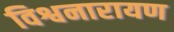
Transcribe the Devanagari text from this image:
विश्वनारायण